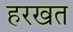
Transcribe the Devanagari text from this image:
हरखत